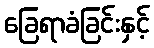
ခြေရာခံခြင်းနှင့်